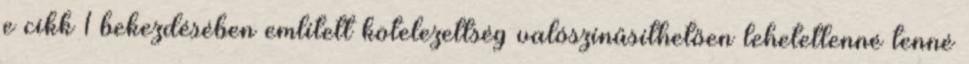
e cikk 1 bekezdésében említett kötelezettség valószínűsíthetően lehetetlenné tenné